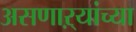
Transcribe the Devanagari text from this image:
असणाऱ्यांच्या